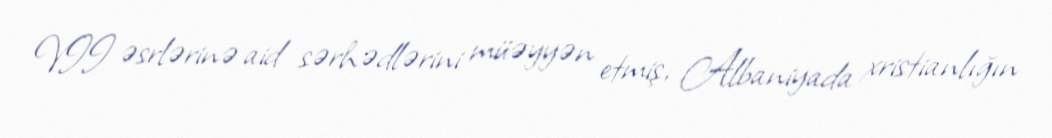
VII əsrlərinə aid sərhədlərini müəyyən etmiş, Albaniyada xristianlığın